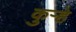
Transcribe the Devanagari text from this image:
कुऱ्हे